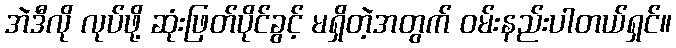
အဲဒီလို လုပ်ဖို့ ဆုံးဖြတ်ပိုင်ခွင့် မရှိတဲ့အတွက် ဝမ်းနည်းပါတယ်ရှင်။